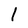
Character: l